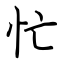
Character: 忙